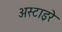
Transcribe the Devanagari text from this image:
अस्टाइरे